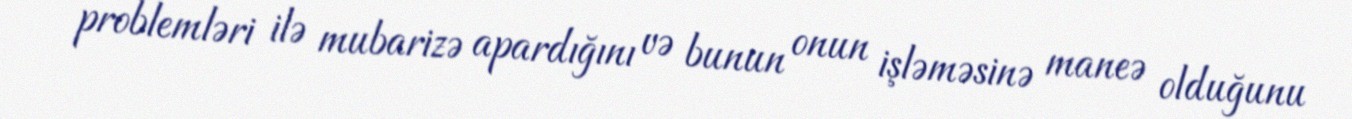
problemləri ilə mubarizə apardığını və bunun onun işləməsinə maneə olduğunu